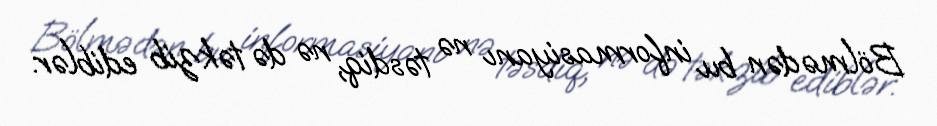
Bölmədən bu informasiyanı nə təsdiq, nə də təkzib ediblər.